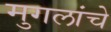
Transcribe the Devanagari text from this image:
मुगलांचे